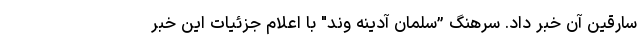
سارقین آن خبر داد. سرهنگ ”سلمان آدینه وند" با اعلام جزئیات این خبر